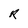
Character: R